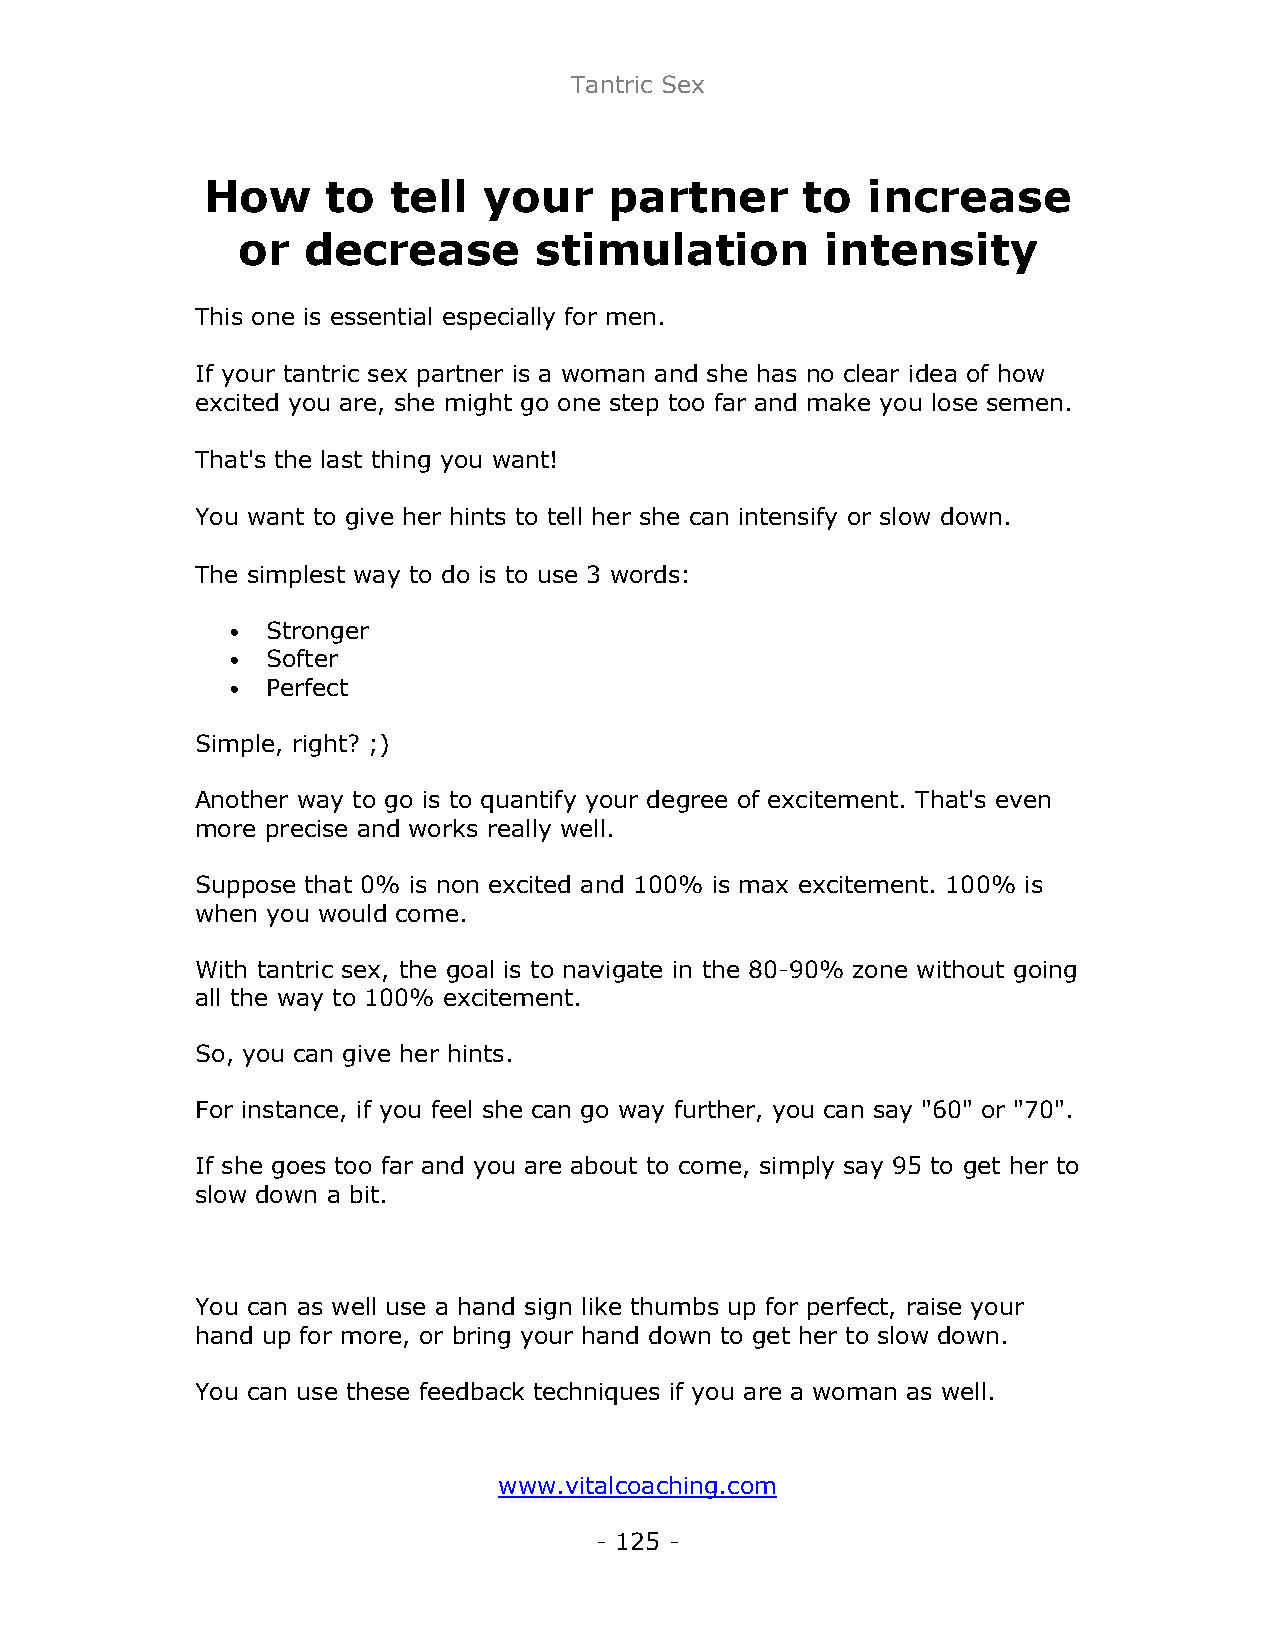
Tantric Sex
 How      to  tell  your    partner      to  increase
 or  decrease       stimulation         intensity
 This one is essential especially for men.
 If your tantric sex partner is a woman and she has no clear idea of how
 excited you are, she might go one step too far and make you lose semen.
 That's the last thing you want!
 You want to give her hints to tell her she can intensify or slow down.
 The simplest way to do is to use 3 words:
 •  Stronger
 •  Softer
 •  Perfect
 Simple, right? ;)
 Another way to go is to quantify your degree of excitement. That's even
 more precise and works really well.
 Suppose that 0% is non excited and 100% is max excitement. 100% is
 when you would come.
 With tantric sex, the goal is to navigate in the 80-90% zone without going
 all the way to 100% excitement.
 So, you can give her hints.
 For instance, if you feel she can go way further, you can say "60" or "70".
 If she goes too far and you are about to come, simply say 95 to get her to
 slow down a bit.
 You can as well use a hand sign like thumbs up for perfect, raise your
 hand up for more, or bring your hand down to get her to slow down.
 You can use these feedback techniques if you are a woman as well.
 www.vitalcoaching.com
 - 125 -